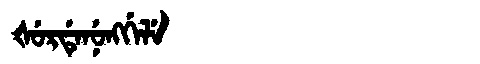
Manchu: ᡧᡠᡵᡩᡝᠨᡠᠩᡤᡝᠯᡝ
Romanization: ŠURDENUNGGELE